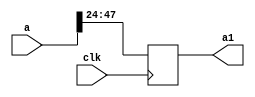
`timescale 1ns / 1ps
//////////////////////////////////////////////////////////////////////////////////
// Company: 
// Engineer: 
// 
// Design Name: 
// Module Name:    buf2 
// Project Name: 
// Target Devices: 
// Tool versions: 
// Description: 
//
// Dependencies: 
//
// Revision: 
// Revision 0.01 - File Created
// Additional Comments: 
//
//////////////////////////////////////////////////////////////////////////////////
module buf29(
    input [47:0] a,
    input clk,
    output reg [23:0] a1
    );

always @(posedge clk) begin
a1<=a[47:24];
end
endmodule